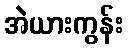
အဲယားကွန်း